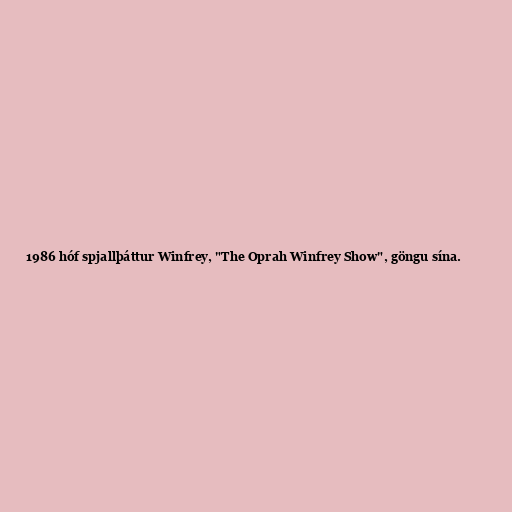
1986 hóf spjallþáttur Winfrey, "The Oprah Winfrey Show", göngu sína.